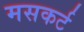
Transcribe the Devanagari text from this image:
मसकर्ट